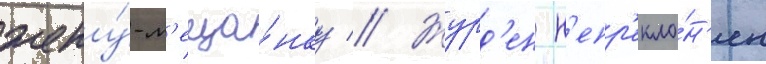
жену́-м'еща́нку // Журд'ен н'епр'екло́н'ен